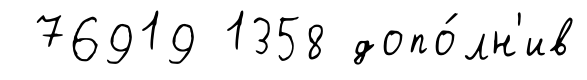
76919 1358 допо́лн'ив